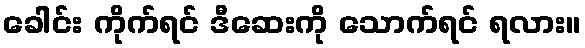
ခေါင်း ကိုက်ရင် ဒီဆေးကို သောက်ရင် ရလား။